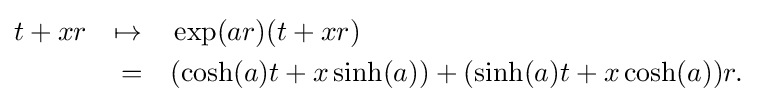
{\begin{aligned}t+xr&&\mapsto \quad &\exp(ar)(t+xr)\\&&=\quad &(\cosh(a)t+x\sinh(a))+(\sinh(a)t+x\cosh(a))r.\end{aligned}}